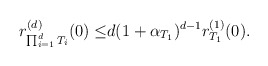
\begin{align*}r_{\prod_{i=1}^d T_i}^{(d)}(0)\leq&d(1+\alpha_{T_1})^{d-1}r^{(1)}_{T_{1}}(0).\end{align*}